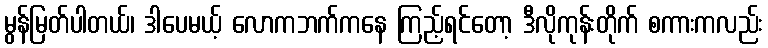
မွန်မြတ်ပါတယ်၊ ဒါပေမယ့် လောကဘက်ကနေ ကြည့်ရင်တော့ ဒီလိုကုန်းတိုက် စကားကလည်း